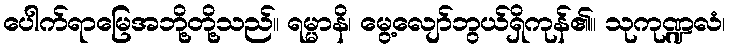
ပေါက်ရာမြေအဘို့တို့သည်။ ရမ္မာနိ၊ မွေ့လျော်ဘွယ်ရှိကုန်၏။ သုကုဏ္ဍလံ၊